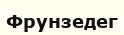
Фрунзедег